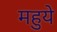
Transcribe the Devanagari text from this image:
महुये